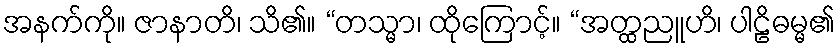
အနက်ကို။ ဇာနာတိ၊ သိ၏။ “တသ္မာ၊ ထိုကြောင့်။ “အတ္ထညူဟိ၊ ပါဠိဓမ္မ၏